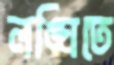
লঙ্ঘিতে